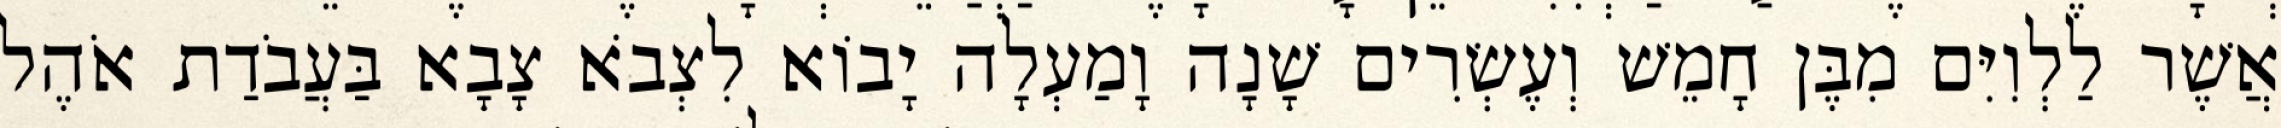
אֲשֶׁר לַלְוִיִּם מִבֶּן חָמֵשׁ וְעֶשְׂרִים שָׁנָה וָמַעְלָה יָבוֹא לִצְבֹא צָבָא בַּעֲבֹדַת אֹהֶל